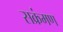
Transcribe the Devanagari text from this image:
सक्रंमण